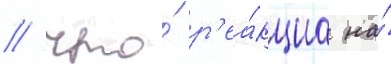
/ что́ р'еа́кциа на́